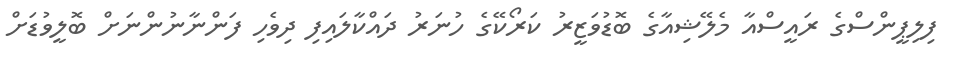
ފިލިޕީންސްގެ ރައީސްއާ މެލޭޝިއާގެ ބޮޑުވަޒީރު ކަރޯކޭގެ ހުނަރު ދައްކާލައިފި ދިވެހި ފަންނާނުންނަށް ބޮލީވުޑަށް